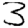
Digit: 3